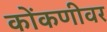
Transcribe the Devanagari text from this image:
कोंकणीवर